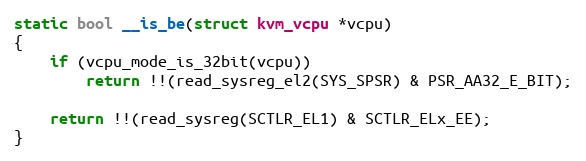
Language: C
static bool __is_be(struct kvm_vcpu *vcpu)
{
	if (vcpu_mode_is_32bit(vcpu))
		return !!(read_sysreg_el2(SYS_SPSR) & PSR_AA32_E_BIT);

	return !!(read_sysreg(SCTLR_EL1) & SCTLR_ELx_EE);
}